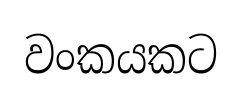
වංකයකට